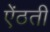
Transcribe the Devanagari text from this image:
ऐंठती